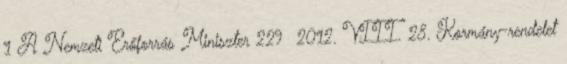
1 A Nemzeti Erőforrás Miniszter 229 2012. VIII. 28. Kormány-rendelet